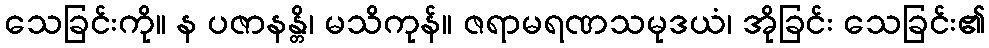
သေခြင်းကို။ န ပဇာနန္တိ၊ မသိကုန်။ ဇရာမရဏသမုဒယံ၊ အိုခြင်း သေခြင်း၏